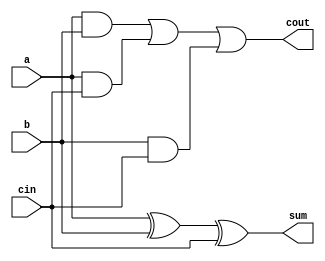
module FullAdder(input wire a, input wire b, input wire cin,
                output wire sum, output wire cout);
    assign sum = a ^ b ^ cin;
    assign cout = (a & b) | (a & cin) | (b & cin);
endmodule